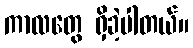
ကာလတွေ ရှိခဲ့ပါတယ်။